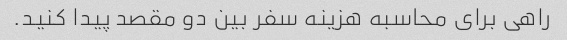
راهی برای محاسبه هزینه سفر بین دو مقصد پیدا کنید.